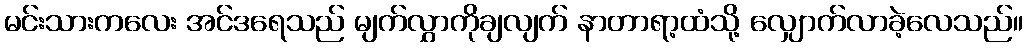
မင်းသားကလေး အင်ဒရေသည် မျက်လွှာကိုချလျက် နာတာရာ့ထံသို့ လျှောက်လာခဲ့လေသည်။